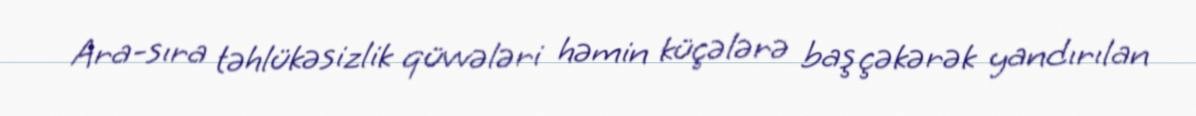
Ara-sıra təhlükəsizlik qüvvələri həmin küçələrə baş çəkərək yandırılan